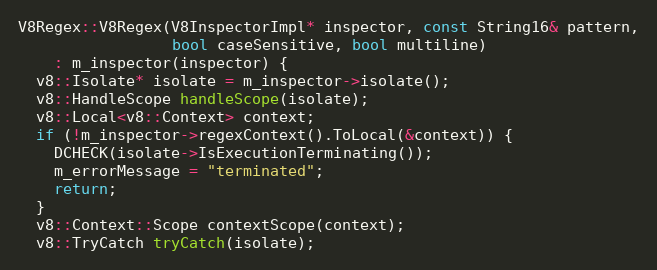
Language: C++
V8Regex::V8Regex(V8InspectorImpl* inspector, const String16& pattern,
                 bool caseSensitive, bool multiline)
    : m_inspector(inspector) {
  v8::Isolate* isolate = m_inspector->isolate();
  v8::HandleScope handleScope(isolate);
  v8::Local<v8::Context> context;
  if (!m_inspector->regexContext().ToLocal(&context)) {
    DCHECK(isolate->IsExecutionTerminating());
    m_errorMessage = "terminated";
    return;
  }
  v8::Context::Scope contextScope(context);
  v8::TryCatch tryCatch(isolate);